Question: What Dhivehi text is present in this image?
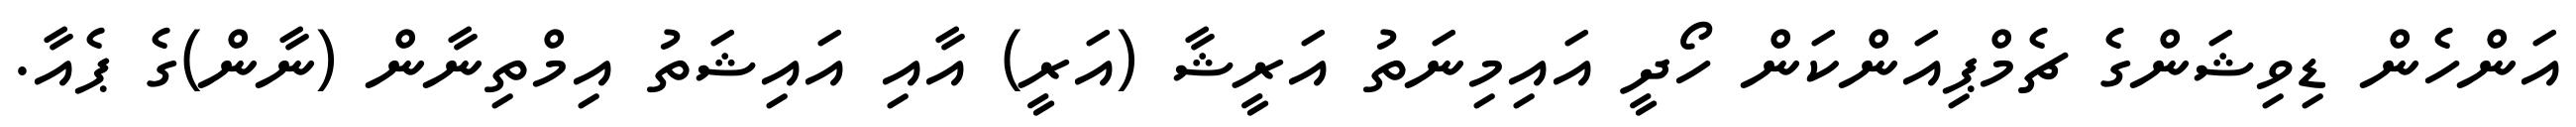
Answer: އަންހެން ޑިވިޝަންގެ ޗެމްޕިއަންކަން ހޯދީ އައިމިނަތު އަރީޝާ (އަރީ) އާއި އައިޝަތު އިމްތިނާން (ނާން)ގެ ޕެއާ.